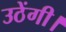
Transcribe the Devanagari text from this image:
उठेंगी।